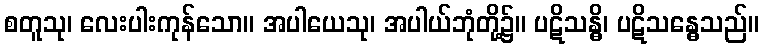
စတူသု၊ လေးပါးကုန်သော။ အပါယေသု၊ အပါယ်ဘုံတို့၌။ ပဋိသန္ဓိ၊ ပဋိသန္ဓေသည်။